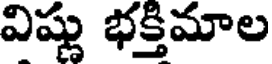
విష్ణు భక్తిమాల